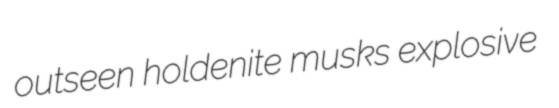
outseen holdenite musks explosive